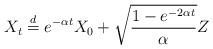
LaTeX: \begin{align*}X_t \stackrel{d}{=} e^{-\alpha t} X_0 + \sqrt{\frac{1-e^{-2\alpha t}}{\alpha}} Z\end{align*}